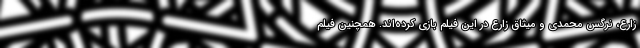
زارع، نرگس محمدی و میثاق زارع در این فیلم بازی کرده‌اند. همچنین فیلم